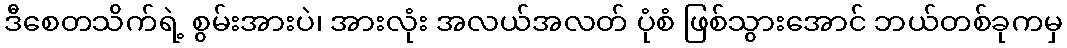
ဒီစေတသိက်ရဲ့ စွမ်းအားပဲ၊ အားလုံး အလယ်အလတ် ပုံစံ ဖြစ်သွားအောင် ဘယ်တစ်ခုကမှ